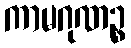
ကာမဂုဏဉ္စ